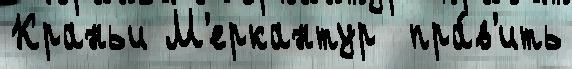
Краньи М'еркантур  пра́в'ить